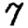
Digit: 7